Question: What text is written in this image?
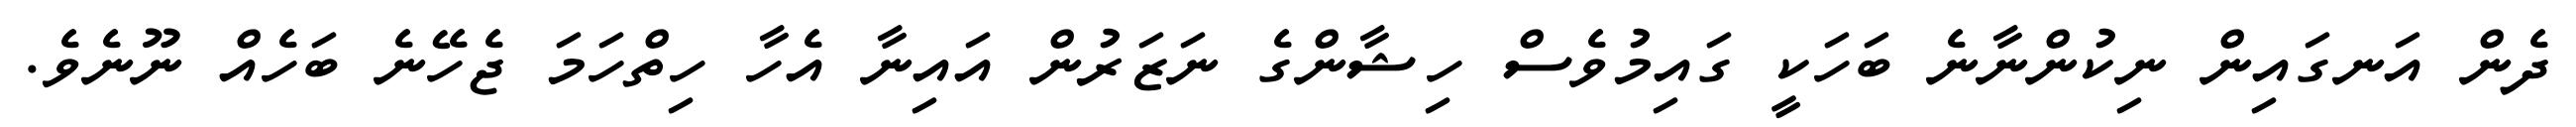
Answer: ދެން އަނގައިން ނިކުންނާނެ ބަހަކީ ގައިމުވެސް ހިޝާންގެ ނަޒަރުން އައިނާ އެހާ ހިތްހަމަ ޖެހޭނެ ބަހެއް ނޫނެވެ.